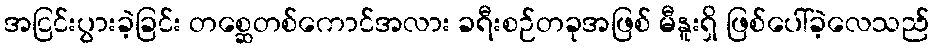
အငြင်းပွားခဲ့ခြင်း တစ္ဆေတစ်ကောင်အလား ခရီးစဉ်တခုအဖြစ် မီနူးရှိ ဖြစ်ပေါ်ခဲ့လေသည်